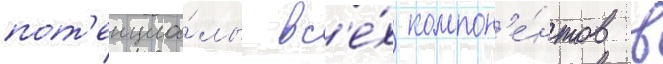
пот'енциа́лы вс'е́х компон'е́нтов в